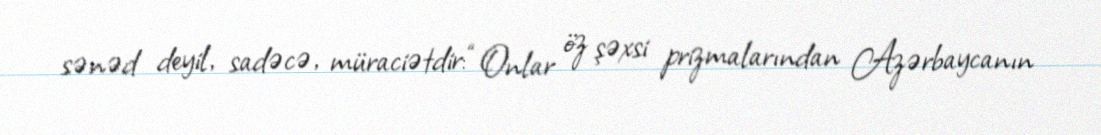
sənəd deyil, sadəcə, müraciətdir: “Onlar öz şəxsi prizmalarından Azərbaycanın